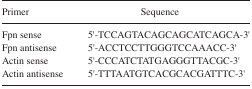
<table><thead><tr><td><b>Primer</b></td><td><b>Sequence</b></td></tr></thead><tbody><tr><td>Fpn sense</td><td>5′-TCCAGTACAGCAGCATCAGCA-3′</td></tr><tr><td>Fpn antisense</td><td>5′-ACCTCCTTGGGTCCAAACC-3′</td></tr><tr><td>Actin sense</td><td>5′-CCCATCTATGAGGGTTACGC-3′</td></tr><tr><td>Actin antisense</td><td>5′-TTTAATGTCACGCACGATTTC-3′</td></tr></tbody></table>